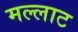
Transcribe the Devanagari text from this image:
मल्लाट